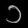
Digit: ၁